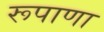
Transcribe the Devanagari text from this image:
रूपाणा